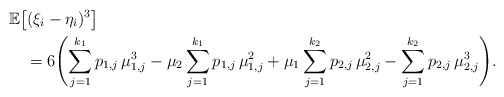
\begin{align*}&\mathbb E \bigl[(\xi_i-\eta_i)^3 \bigr]\\&\quad{} =6\Biggl(\sum_{j=1}^{k_1}p_{1,j}\,\mu_{1,j}^3 -\mu_2\sum_{j=1}^{k_1}p_{1,j}\,\mu_{1,j}^2+\mu_1\sum_{j=1}^{k_2}p_{2,j}\,\mu_{2,j}^2 -\sum_{j=1}^{k_2}p_{2,j}\,\mu _{2,j}^3 \Biggr).\end{align*}